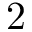
2